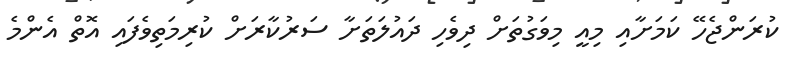
ކުރަންޖެހޭ ކަމަށާއި މިއީ މިވަގުތަށް ދިވެހި ދައުލަތަށާ ސަރުކާރަށް ކުރިމަތިވެފައި އޮތް އެންމެ